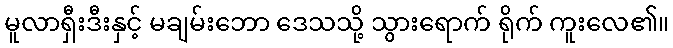
မူလာရှီးဒီးနှင့် မချမ်းဘော ဒေသသို့ သွားရောက် ရိုက် ကူးလေ၏။